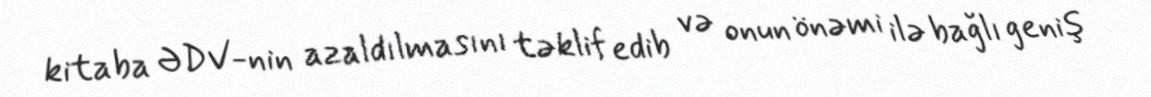
kitaba ƏDV-nin azaldılmasını təklif edib və onun önəmi ilə bağlı geniş